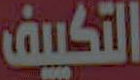
التكييف